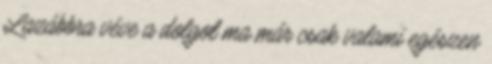
Lazábbra véve a dolgot ma már csak valami egészen